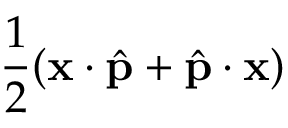
\frac { 1 } { 2 } ( \mathbf { x } \cdot \hat { \mathbf { p } } + \hat { \mathbf { p } } \cdot \mathbf { x } )